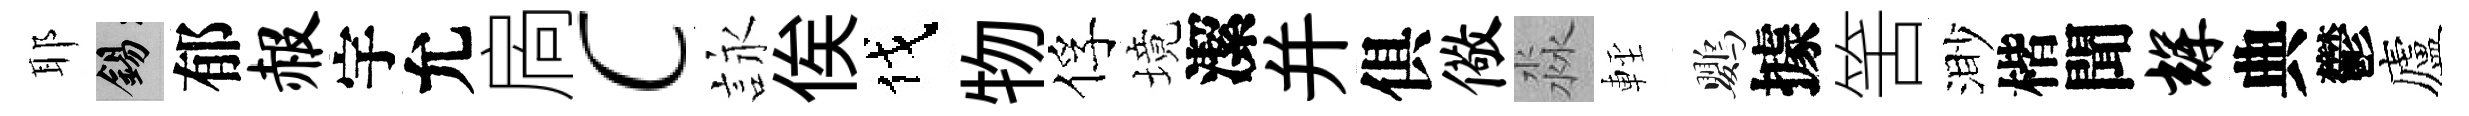
耶錫郁赧宇允扄c詠俟伐物俘境潔并俱儆淼䡖鸚據筈渺楷聞辉典鬱廬